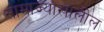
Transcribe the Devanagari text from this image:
साम्राज्याखालील